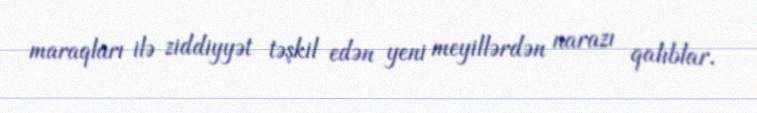
maraqları ilə ziddiyyət təşkil edən yeni meyillərdən narazı qalıblar.